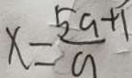
x = \frac { 5 a + 1 } { 9 }